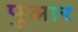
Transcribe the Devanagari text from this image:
पुआर